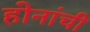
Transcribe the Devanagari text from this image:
होनांची